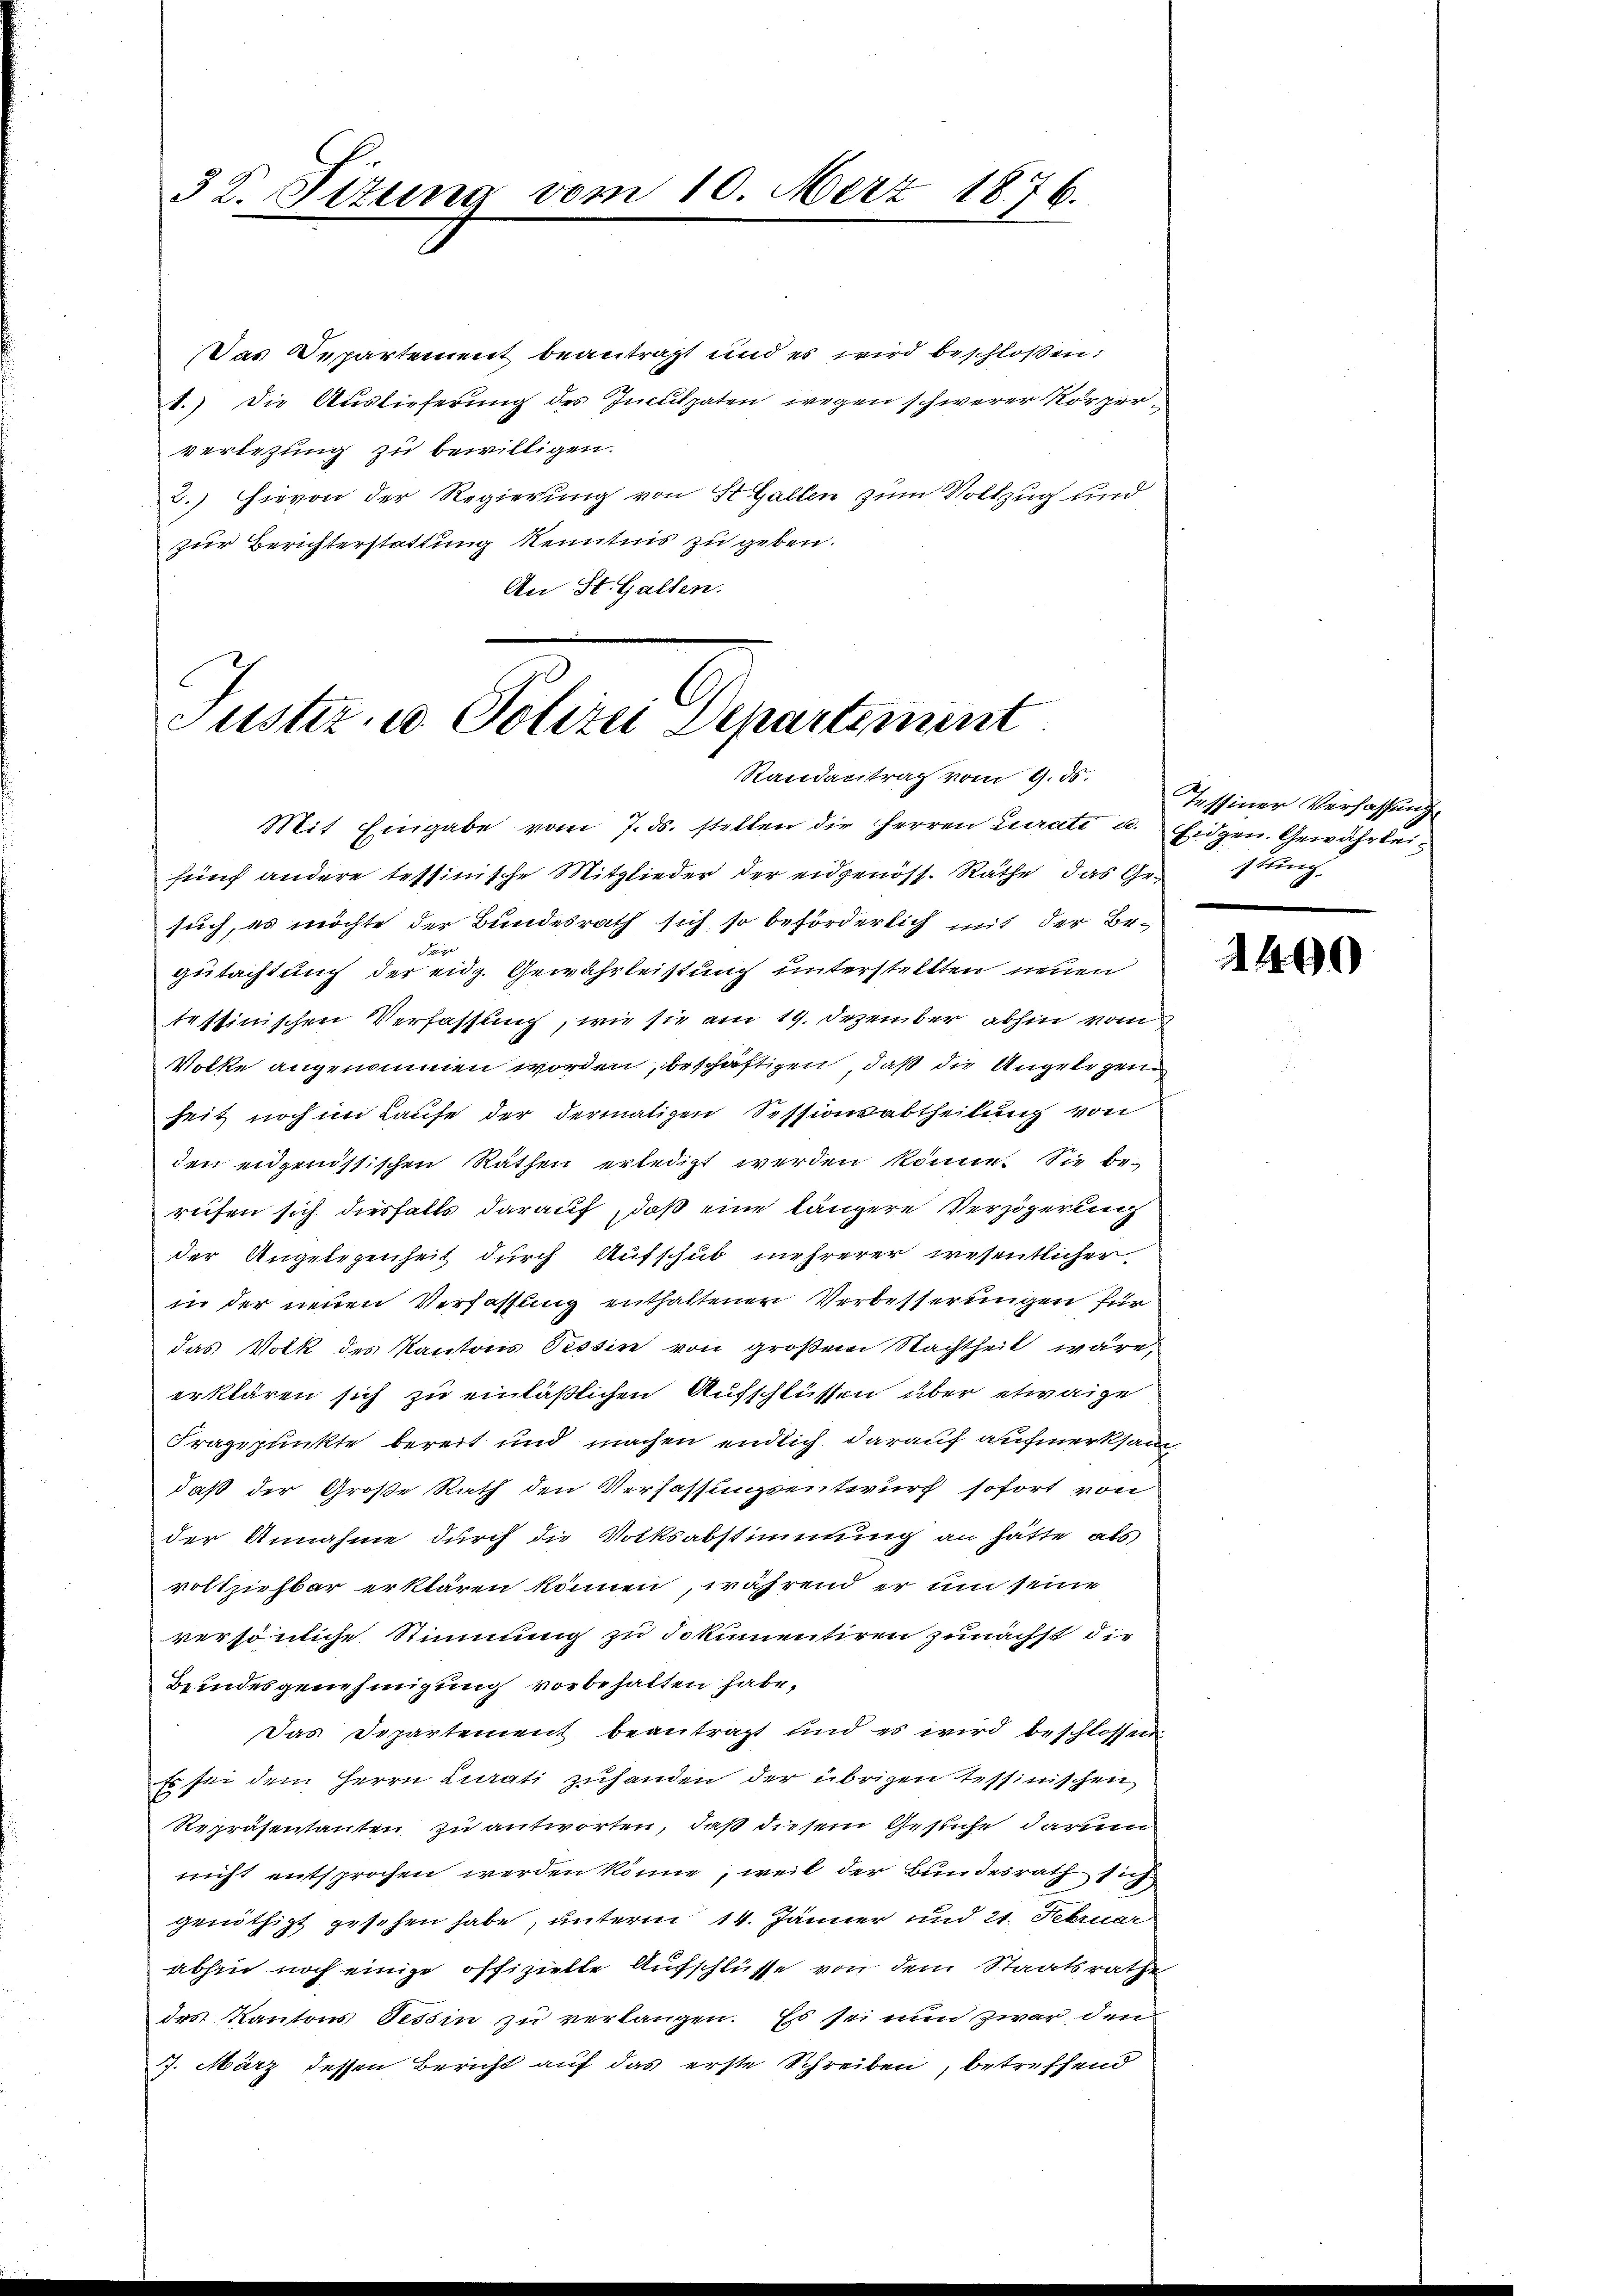
32. Sizung vom 10. März 1876.

Das Departement beantragt und es wird beschloßen:
1.) Die Auslieferung des Inculpaten wegen schwerer Körper
verlegung zu bewilligen.
3.) Hievon der Regierung von St. Gallen zum Vollzug und
zur Berichterstattung Kenntnis zu geben.
An St. Gallen.

Justiz- u. Polizei Departement
Randantrag vom 9. ds.

Mit Eingabe vom 7. ds. stellen die Herren Curate u. Eidgen. Gewährleifünf andere tessinische Mitglieder der eidgenöss. Räthe das Gesthing,
such, es möchte der Bundesrath sich so beförderlich mit der Bet
gutachtung der eidg. Gewährleistung unterstellten neuen
testinischen Verfassung, wie sie am 19. Dezember abhin vom
Volke angenommen worden, beschäftigen, daß die Angelegen
heit noch im Laufe der dermaligen Sessionsabtheilung von
den eidgenössischen Räthen erledigt werden könne. Sie berefen sich diesfalls darauf, daß eine längere Verzögerung
der Angelegenheit durch Aufschub mehrerer wesentlicher
in der neuen Verfassung enthaltener Verbesserungen für
das Volk des Kantons Tessin von großem Nachtheit wäre,
erklären sich zu einläßlichen Aufschlüssen über etwaige
Fragepunkte bereit und machen endlich darauf aufmerksam
daß der Große Rath den Verfassungsentwurf sofort von
der Annahme durch die Volksabstimmung an hätte als
vollziehbar erklären können, während er um seine
versönliche Stimmung zu dokumentiren zunächst die
Beindesgenehmigung vorbehalten habe,
Das Departement beantragt und es wird beschlossen:
Es sei dem Herrn Linati zuhanden der übrigen Tessinischen
Repräsentanten zu antworten, daß diesem Gesuche darum
nicht entsprochen werden könne, weil der Bundesrath sich
genöthigt gesehen habe, unterm 14. Jänner und 21. Februar
abhin noch einige offizielle Aufschlüsse von dem Staatsrathe
des Kantons Tessin zu verlangen. Es sei nun zwar den
7. März dessen Bericht auf das erste Schreiben, betreffend

Tessiner Verfassung

1490